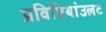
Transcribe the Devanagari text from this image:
प्रविष्टियांउलट